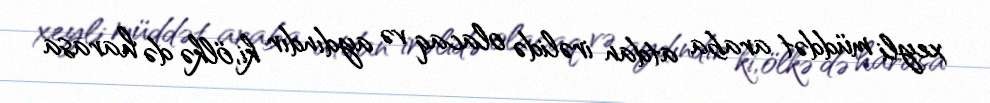
xeyli müddət araba atdan irəlidə olacaq və aydındır ki, ölkə də harasa